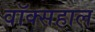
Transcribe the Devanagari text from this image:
वॉक्सहाल